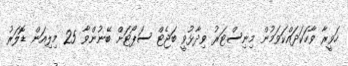
ހަވީރާ ވާހަކަދައްކަވަމުން މިނިސްޓަރު ވިދާޅުވީ ބަޖެޓް ސަޕޯޓަށް ބޭނުންވާ 25 މިލިއަން ޑޮލަރު